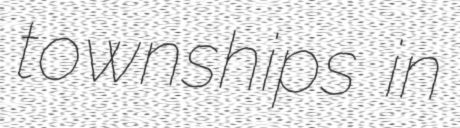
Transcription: townships in